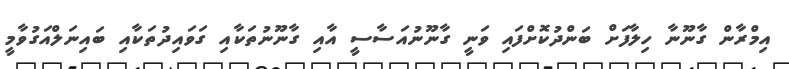
އިމްރާން ގާނޫނާ ހިލާފަށް ބަންދުކޮށްފައި ވަނީ ގާނޫނުއަސާސީ އާއި ގާނޫނުތަކާއި ގަވައިދުތަކާއި ބައިނަލްއަގުވާމީ